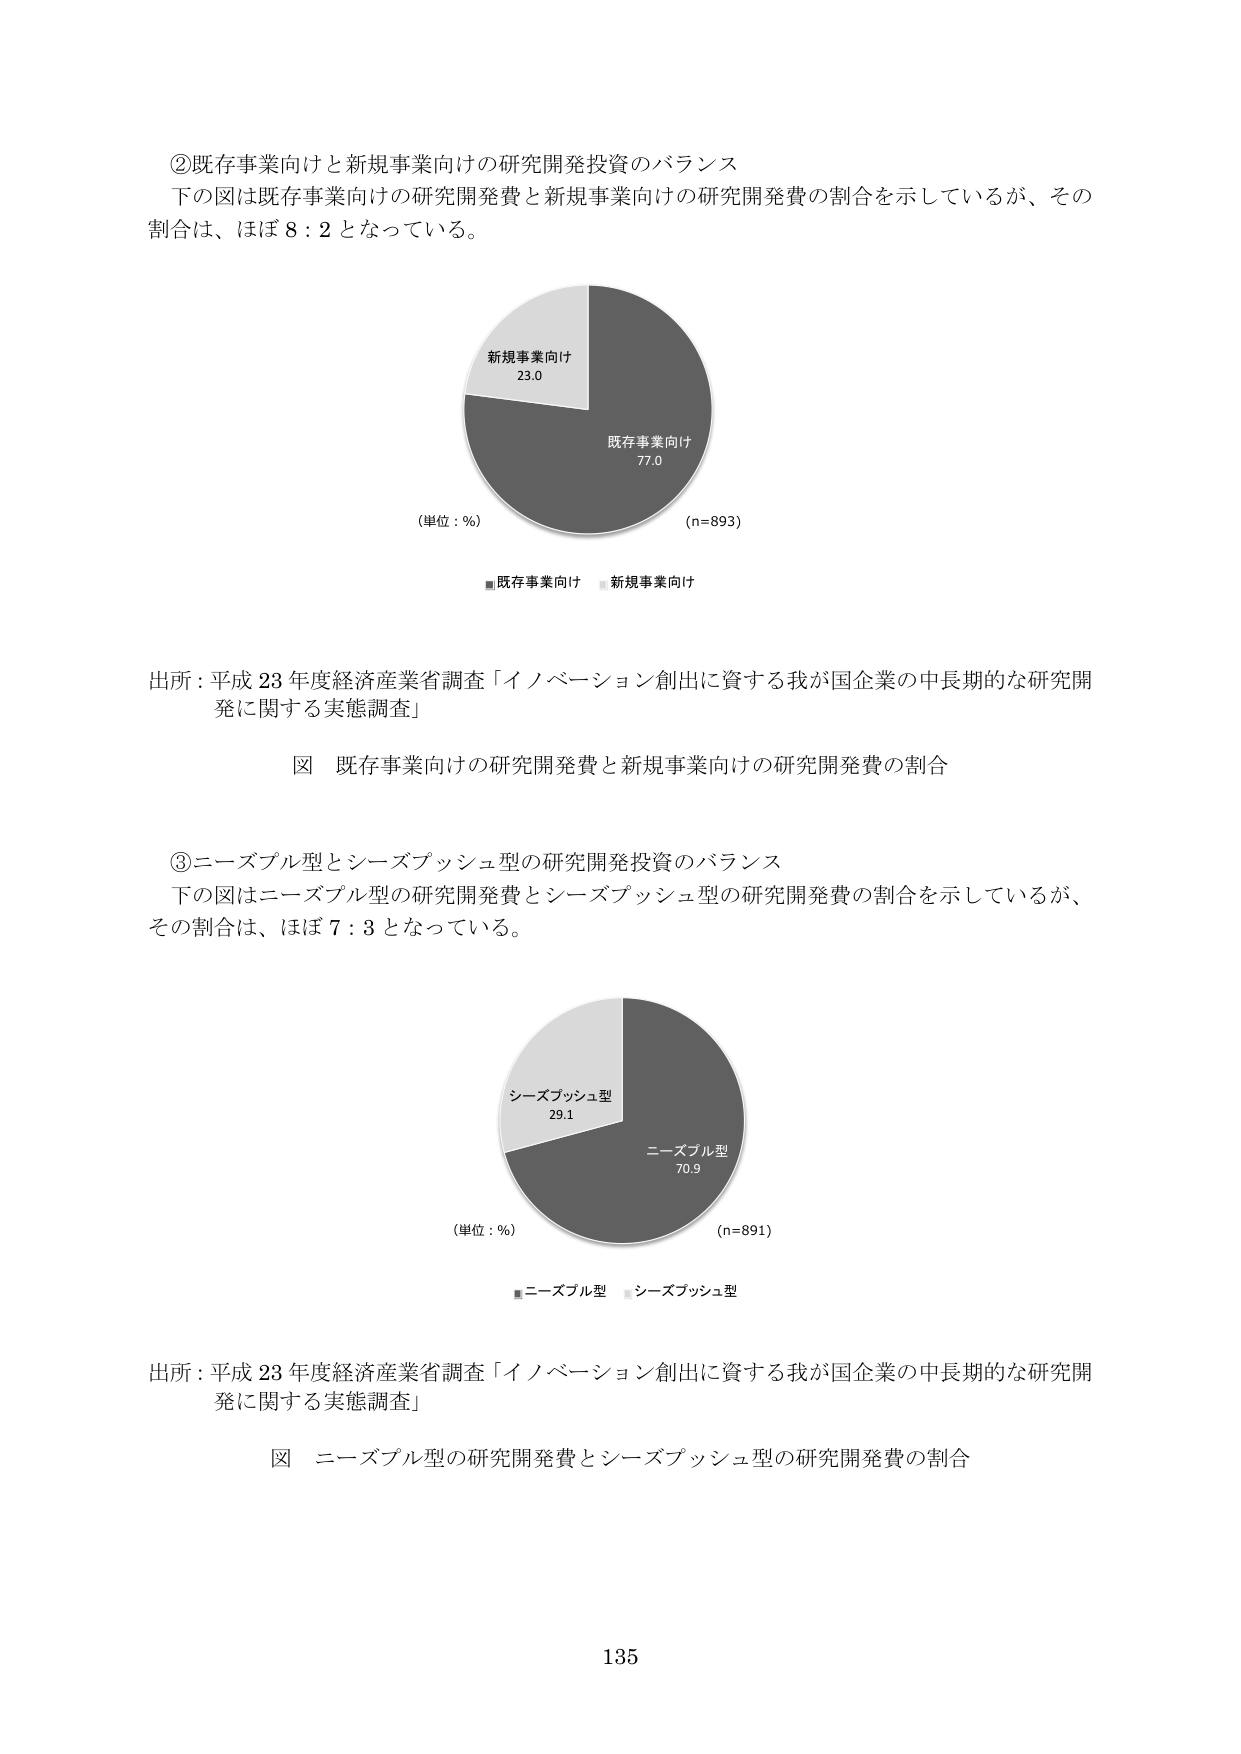
②既存事業向けと新規事業向けの研究開発投資のバランス
下の図は既存事業向けの研究開発費と新規事業向けの研究開発費の割合を示しているが、その割合は、ほぼ8：2となっている。

（単位：%）
新規事業向け 23.0
既存事業向け 77.0
（n=893）
■既存事業向け ■新規事業向け

出所：平成23年度経済産業省調査「イノベーション創出に資する我が国企業の中長期的な研究開発に関する実態調査」
図 既存事業向けの研究開発費と新規事業向けの研究開発費の割合

③ニーズプル型とシーズプッシュ型の研究開発投資のバランス
下の図はニーズプル型の研究開発費とシーズプッシュ型の研究開発費の割合を示しているが、その割合は、ほぼ7：3となっている。

（単位：%）
シーズプッシュ型 29.1
ニーズプル型 70.9
（n=891）
■ニーズプル型 ■シーズプッシュ型

出所：平成23年度経済産業省調査「イノベーション創出に資する我が国企業の中長期的な研究開発に関する実態調査」
図 ニーズプル型の研究開発費とシーズプッシュ型の研究開発費の割合

135